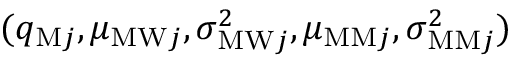
( q _ { \mathrm { M } j } , \mu _ { \mathrm { M W } j } , \sigma _ { \mathrm { M W } j } ^ { 2 } , \mu _ { \mathrm { M M } j } , \sigma _ { \mathrm { M M } j } ^ { 2 } )